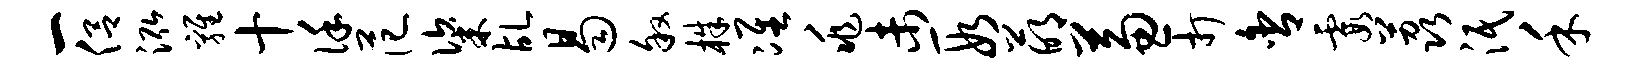
一侣泓鸡十谨范粢乩曷叙株准兆未段萌兼打舍霞荔泯禾